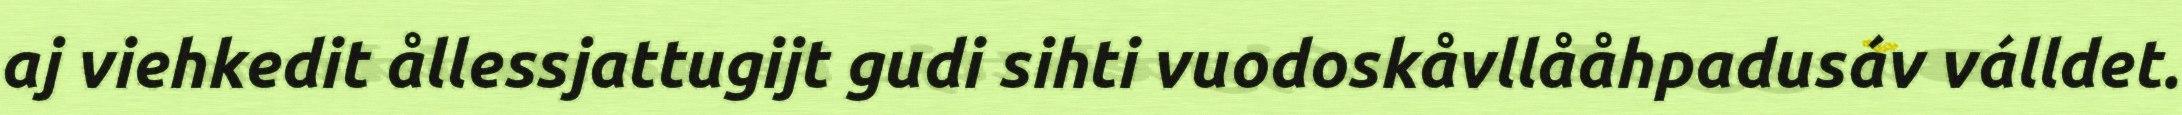
aj viehkedit ållessjattugijt gudi sihti vuodoskåvllååhpadusáv válldet.